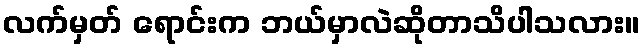
လက်မှတ် ရောင်းက ဘယ်မှာလဲဆိုတာသိပါသလား။